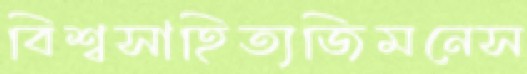
বিশ্বসাহিত্যজিমনেস